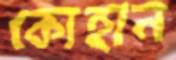
কোহান